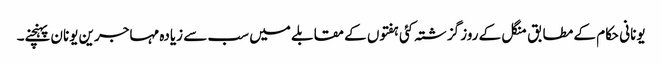
یونانی حکام کے مطابق منگل کے روز گزشتہ کئی ہفتوں کے مقابلے میں سب سے زیادہ مہاجرین یونان پہنچنے۔